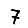
Digit: 7